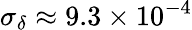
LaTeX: \sigma_{\delta}\approx 9.3\times 10^{-4}